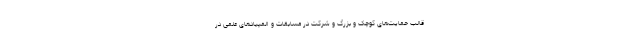
قالب حمایت‌های کوچک و بزرگ و شرکت در مسابقات و المپیادهای علمی در